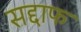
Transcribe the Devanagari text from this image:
सद्दाफ